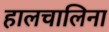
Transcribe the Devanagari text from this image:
हालचालिना